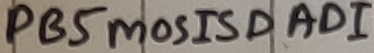
Text: PB5mosiSDAD1